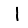
Digit: 1